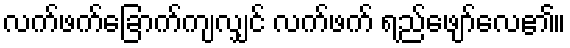
လက်ဖက်ခြောက်ကျလျှင် လက်ဖက် ရည်ဖျော်လေ၏။